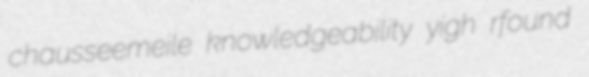
chausseemeile knowledgeability yigh rfound